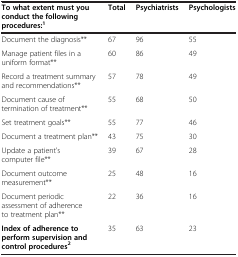
<table><thead><tr><td><b>To what extent must you conduct the following procedures:<sup>1</sup></b></td><td><b>Total</b></td><td><b>Psychiatrists</b></td><td><b>Psychologists</b></td></tr></thead><tbody><tr><td>Document the diagnosis**</td><td>67</td><td>96</td><td>55</td></tr><tr><td>Manage patient files in a uniform format**</td><td>60</td><td>86</td><td>49</td></tr><tr><td>Record a treatment summary and recommendations**</td><td>57</td><td>78</td><td>49</td></tr><tr><td>Document cause of termination of treatment**</td><td>55</td><td>68</td><td>50</td></tr><tr><td>Set treatment goals**</td><td>55</td><td>77</td><td>46</td></tr><tr><td>Document a treatment plan**</td><td>43</td><td>75</td><td>30</td></tr><tr><td>Update a patient’s computer file**</td><td>39</td><td>67</td><td>28</td></tr><tr><td>Document outcome measurement**</td><td>25</td><td>48</td><td>16</td></tr><tr><td>Document periodic assessment of adherence to treatment plan**</td><td>22</td><td>36</td><td>16</td></tr><tr><td><b>Index of adherence to perform supervision and control procedures</b><sup><b>2</b></sup></td><td>35</td><td>63</td><td>23</td></tr></tbody></table>